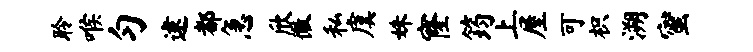
聆喉匀逮都急欣徽私虞姝窿筠上屋可枳溯蜜